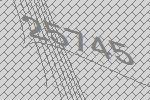
25745